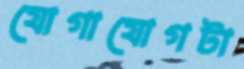
যোগাযোগটা